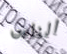
الناس